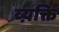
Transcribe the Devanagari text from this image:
व्य़क्ति